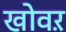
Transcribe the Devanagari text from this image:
खोवऱ